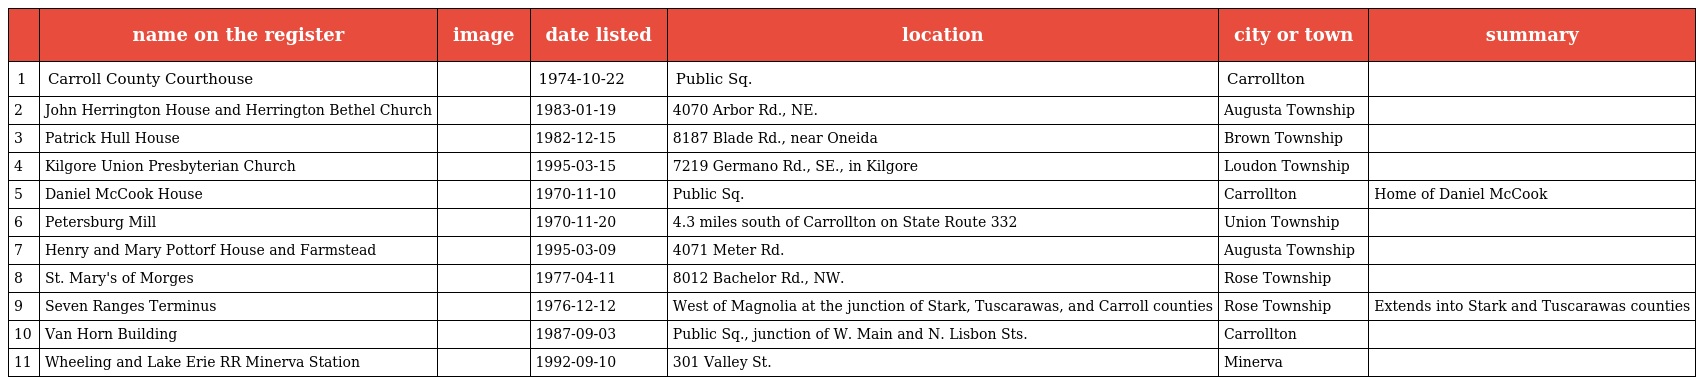
|  | name on the register | image | date listed | location | city or town | summary |
 | --- | --- | --- | --- | --- | --- | --- |
 | 1 | Carroll County Courthouse |  | 1974-10-22 | Public Sq. | Carrollton |  |
 | 2 | John Herrington House and Herrington Bethel Church |  | 1983-01-19 | 4070 Arbor Rd., NE. | Augusta Township |  |
 | 3 | Patrick Hull House |  | 1982-12-15 | 8187 Blade Rd., near Oneida | Brown Township |  |
 | 4 | Kilgore Union Presbyterian Church |  | 1995-03-15 | 7219 Germano Rd., SE., in Kilgore | Loudon Township |  |
 | 5 | Daniel McCook House |  | 1970-11-10 | Public Sq. | Carrollton | Home of Daniel McCook |
 | 6 | Petersburg Mill |  | 1970-11-20 | 4.3 miles south of Carrollton on State Route 332 | Union Township |  |
 | 7 | Henry and Mary Pottorf House and Farmstead |  | 1995-03-09 | 4071 Meter Rd. | Augusta Township |  |
 | 8 | St. Mary's of Morges |  | 1977-04-11 | 8012 Bachelor Rd., NW. | Rose Township |  |
 | 9 | Seven Ranges Terminus |  | 1976-12-12 | West of Magnolia at the junction of Stark, Tuscarawas, and Carroll counties | Rose Township | Extends into Stark and Tuscarawas counties |
 | 10 | Van Horn Building |  | 1987-09-03 | Public Sq., junction of W. Main and N. Lisbon Sts. | Carrollton |  |
 | 11 | Wheeling and Lake Erie RR Minerva Station |  | 1992-09-10 | 301 Valley St. | Minerva |  |